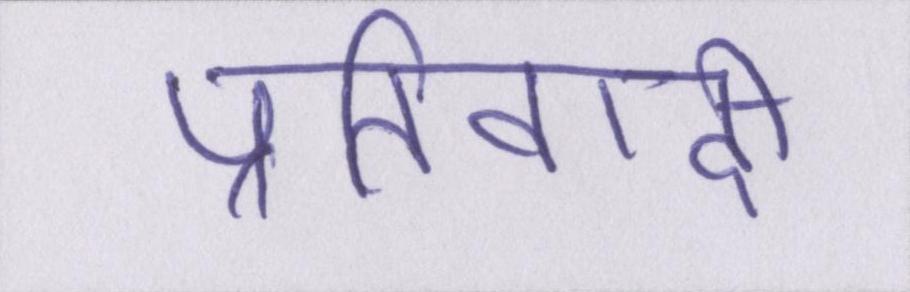
प्रतिवादी